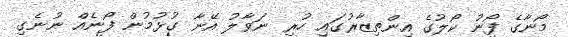
މޯނާގެ ފޯނު ކޯލުގެ އިންތިޒާރުގައި ހުރި ނަވާލު އޭނާ ގުޅުމުން ފޯނެއް ނުނެގި